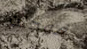
فوجئت